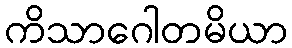
ကိသာဂေါတမိယာ